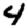
Digit: 4